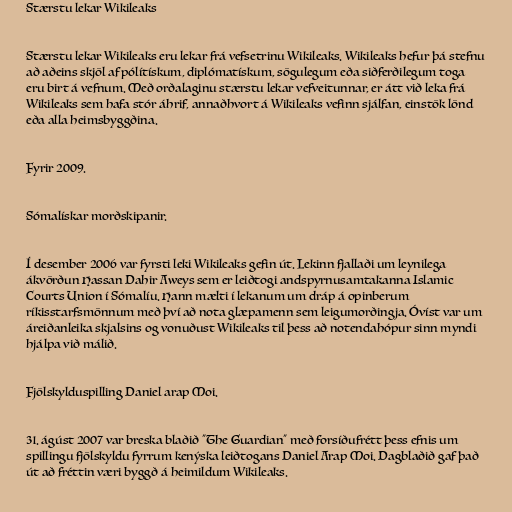
Stærstu lekar Wikileaks

Stærstu lekar Wikileaks eru lekar frá vefsetrinu Wikileaks. Wikileaks hefur þá stefnu
að aðeins skjöl af pólítískum, diplómatískum, sögulegum eða siðferðilegum toga
eru birt á vefnum. Með orðalaginu stærstu lekar vefveitunnar, er átt við leka frá
Wikileaks sem hafa stór áhrif, annaðhvort á Wikileaks vefinn sjálfan, einstök lönd
eða alla heimsbyggðina.

Fyrir 2009.

Sómalískar morðskipanir.

Í desember 2006 var fyrsti leki Wikileaks gefin út. Lekinn fjallaði um leynilega
ákvörðun Hassan Dahir Aweys sem er leiðtogi andspyrnusamtakanna Islamic
Courts Union í Sómalíu. Hann mælti í lekanum um dráp á opinberum
ríkisstarfsmönnum með því að nota glæpamenn sem leigumorðingja. Óvíst var um
áreiðanleika skjalsins og vonuðust Wikileaks til þess að notendahópur sinn myndi
hjálpa við málið.

Fjölskylduspilling Daniel arap Moi.

31. ágúst 2007 var breska blaðið "The Guardian" með forsíðufrétt þess efnis um
spillingu fjölskyldu fyrrum kenýska leiðtogans Daniel Arap Moi. Dagblaðið gaf það
út að fréttin væri byggð á heimildum Wikileaks.